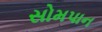
સોમપાન